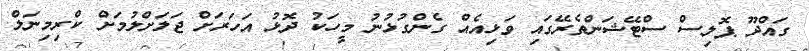
ގައްދޫ ޕޮލިސް ސްޓޭޝަންތެރޭގައި ވަޅިއެއް ގެންގުޅުނު މީހަކު ދޮޅު އަހަރަށް ޖަލަށްލުމަށް ކްރިމިނަލް